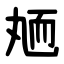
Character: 䎠